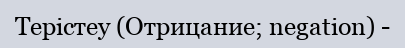
Терістеу (Отрицание; negation) -